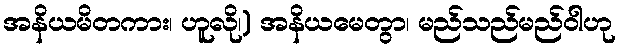
အနိယမိတကား၊ ဟူလို၊) အနိယမေတွာ၊ မည်သည်မည်ဝါဟု